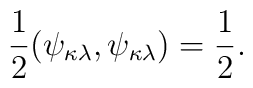
\frac{1}{2}(\psi_{\kappa\lambda},\psi_{\kappa\lambda}) = \frac{1}{2}.